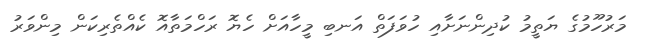
މަރުހޫމުގެ ޔަތީމު ކުދިންނަށާއި ހުވަފަތް އަނބި މީހާއަށް ހެޔޮ ރަހްމަތާއޮ ކެއްތެރިކަން މިންވަރު